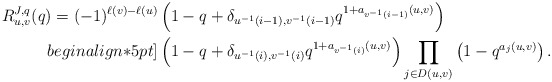
\begin{align*}R_{u,v}^{J,q}(q)=(-1)^{\ell(v)-\ell(u)}&\left(1-q+\delta_{u^{-1}(i-1),v^{-1}(i-1)}q^{1+a_{v^{-1}(i-1)}(u,v)}\right)\\begin{align*}5pt]&\left(1-q+\delta_{u^{-1}(i),v^{-1}(i)}q^{1+a_{v^{-1}(i)}(u,v)}\right)\prod_{j\in D(u,v)}\left(1-q^{a_j(u,v)}\right).\end{align*}